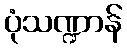
ပုံသဏ္ဍာန်